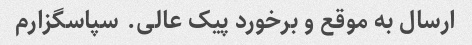
ارسال به موقع و برخورد پیک عالی. سپاسگزارم